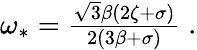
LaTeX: \begin{array}{r}{\omega_{*}=\frac{\sqrt{3}\beta(2\zeta+\sigma)}{2(3\beta+\sigma)}\; .}\end{array}